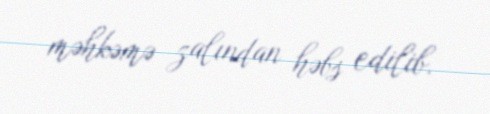
məhkəmə zalından həbs edilib.